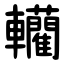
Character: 轥